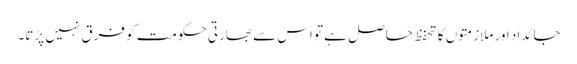
جائداد اور ملازمتوں کا تحفظ حاصل ہے تو اس سے بھارتی حکومت کو فرق نہیں پڑتا۔